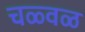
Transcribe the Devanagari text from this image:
चळ्वळ